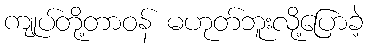
ကျုပ်တို့တာဝန် မဟုတ်ဘူးလို့ပြောခဲ့